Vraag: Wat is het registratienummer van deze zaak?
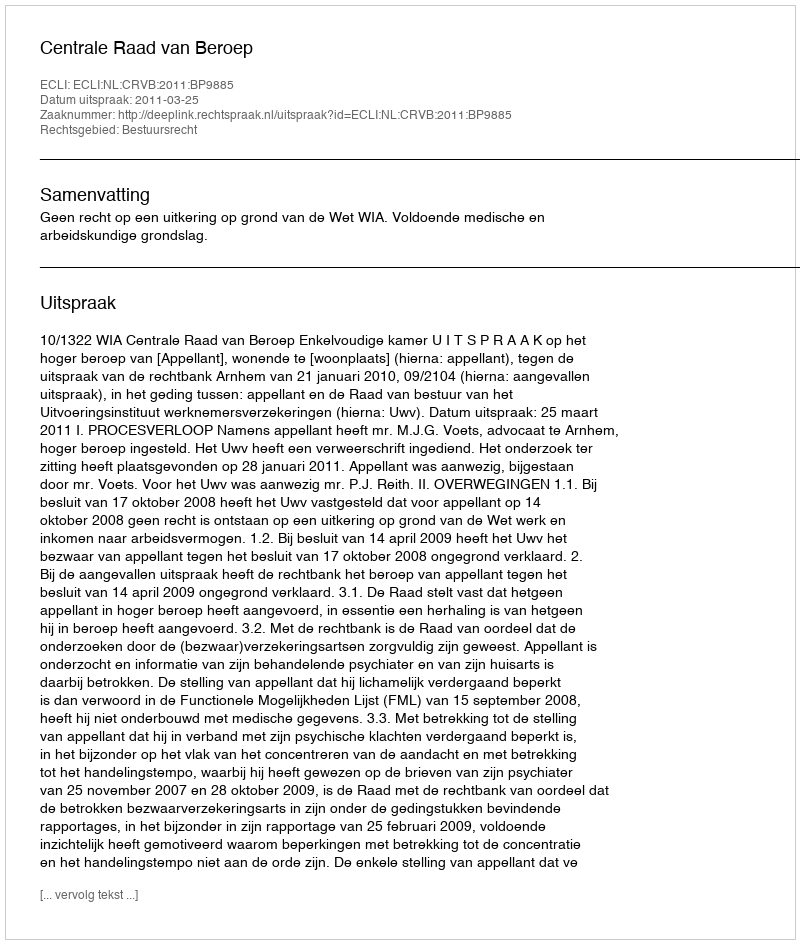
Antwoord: http://deeplink.rechtspraak.nl/uitspraak?id=ECLI:NL:CRVB:2011:BP9885